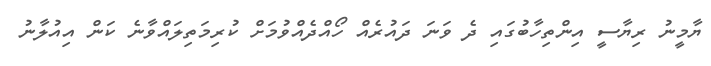
ޔާމީނު ރިޔާސީ އިންތިހާބުގައި ދެ ވަނަ ދައުރެއް ހޯއްދެއްވުމަށް ކުރިމަތިލައްވާނެ ކަން އިއުލާނު